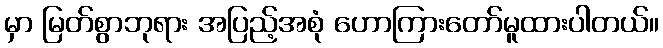
မှာ မြတ်စွာဘုရား အပြည့်အစုံ ဟောကြားတော်မူထားပါတယ်။